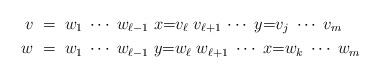
LaTeX: \begin{align*} v&\;=\;w_1\;\dotsb\;w_{\ell-1}\;x{=}v_\ell\;v_ {\ell+1}\,\dotsb\;y{=}v_j\; \dotsb\;v_m\\ w&\;=\;w_1\;\dotsb\;w_{\ell-1}\;y{=}w_\ell\;w_ {\ell+1}\;\dotsb\;x{=}w_k\;\dotsb\;w_m\end{align*}